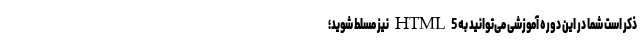
ذکر است شما در این دوره‌ آموزشی می‌توانید به HTML 5 نیز مسلط شوید؛